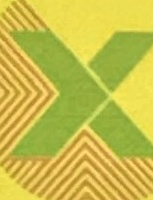
X